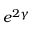
e ^ { 2 \gamma }